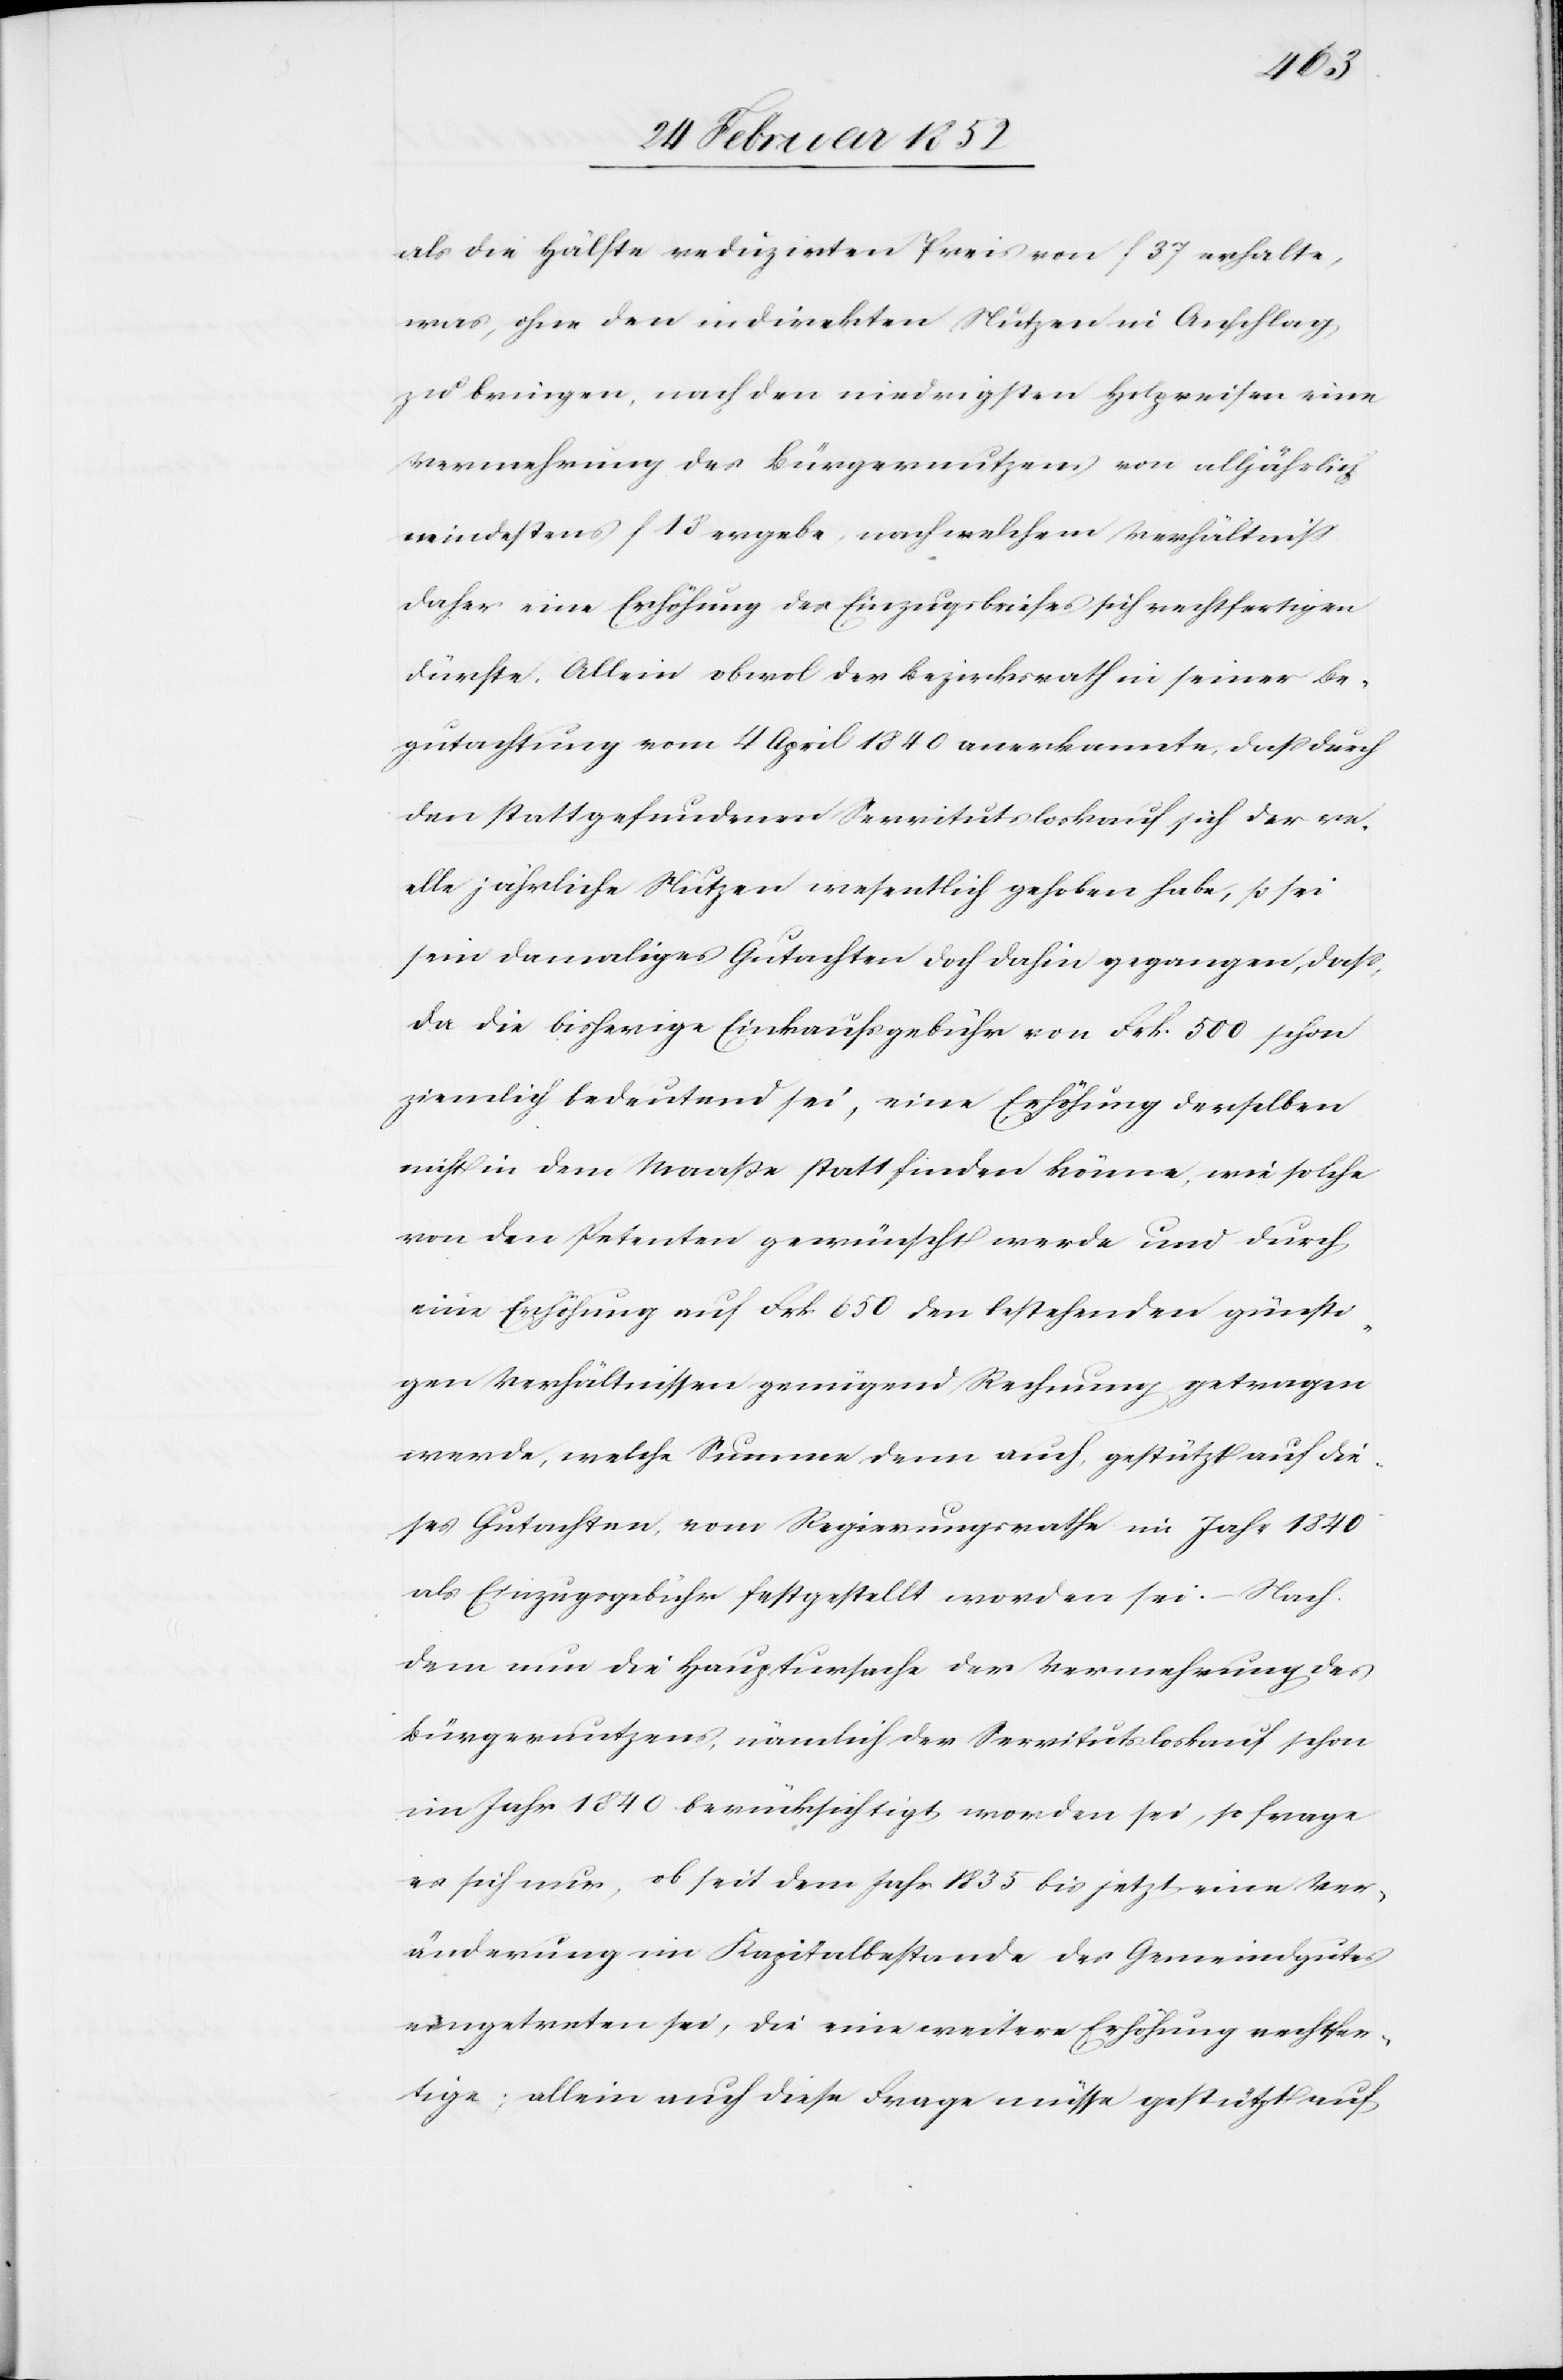
als die Hälfte reduzirten Preis von f 37 erhalte,
was, ohne den indirekten Nutzen in Anschlag
zu bringen, nach den niedrigsten Holzpreisen eine
Vermehrung des Bürgernutzens von alljährlich
mindestens f 13 ergebe, nach welchem Verhältniß
daher eine Erhöhung des Einzugsbriefes sich rechtfertigen
dürfte. Allein obwo[h]l der Bezirksrath in seiner Be¬
gutachtung vom 4 April 1840 anerkannte, daß durch
den stattgefundenen Servitutsloskauf sich der re¬
elle jährliche Nutzen wesentlich gehoben habe, so sei
sein damaliges Gutachten doch dahin gegangen, daß,
da die bisherige Einkaufsgebühr von Frk. 500 schon
ziemlich bedeutend sei, eine Erhöhung derselben
nicht in dem Maaße stattfinden könne, wie solche
von den Patienten gewünscht werde und durch
eine Erhöhung auf Frk. 650 den bestehenden günsti¬
gen Verhältnissen genügend Rechnung getragen
werde, welche Summe denn auch, gestützt auf die¬
ses Gutachten vom Regierungsrathe im Jahr 1840
als Einzugsgebühr festgestellt worden sein. – Nach¬
dem nun die Hauptursache der Vermehrung des
Bürgernutzens, nämlich der Servitutsloskauf schon
im Jahr 1840 berücksichtigt worden sei, so frage
es sich nur, ob seit dem Jahr 1835 bis jetzt eine Ver¬
änderung im Kapitalbestande des Gemeindgutes
eingetreten sei, die eine weitere Erhöhung rechtfer¬
tige; allein auch diese Frage müsse gestützt auf